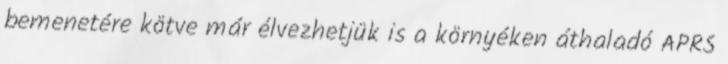
bemenetére kötve már élvezhetjük is a környéken áthaladó APRS